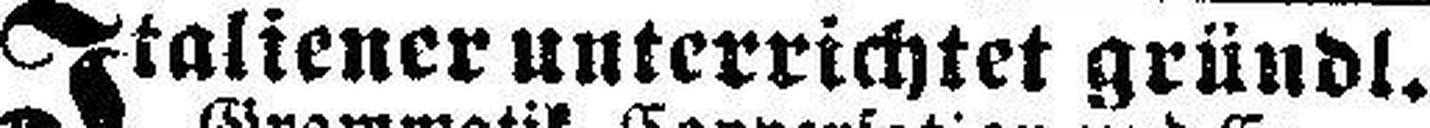
Italiener unterrichtet gründl.